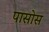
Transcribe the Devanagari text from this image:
पासोस